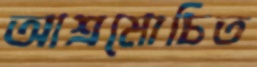
আশ্রমোচিত